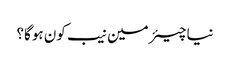
نیا چیئرمین نیب کون ہوگا؟